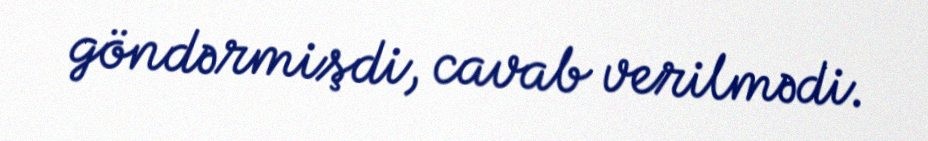
göndərmişdi, cavab verilmədi.